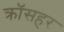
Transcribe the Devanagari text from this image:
क्रॉसहर